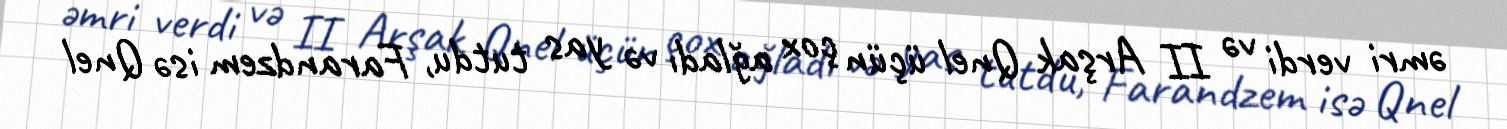
əmri verdi və II Arşak Qnel üçün çox ağladı və yas tutdu, Farandzem isə Qnel